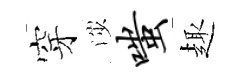
穿渉嗤趣